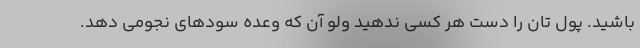
باشید. پول تان را دست هر کسی ندهید ولو آن که وعده سودهای نجومی دهد.